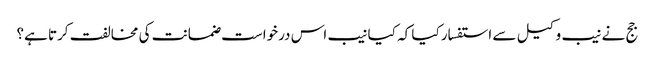
جج نے نیب وکیل سے استفسار کیا کہ کیا نیب اس درخواست ضمانت کی مخالفت کرتا ہے؟